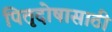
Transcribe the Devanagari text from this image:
पितृदोषासाठी